Sketch of the medical history of the native army of Bombay, for the year
Year: 1872
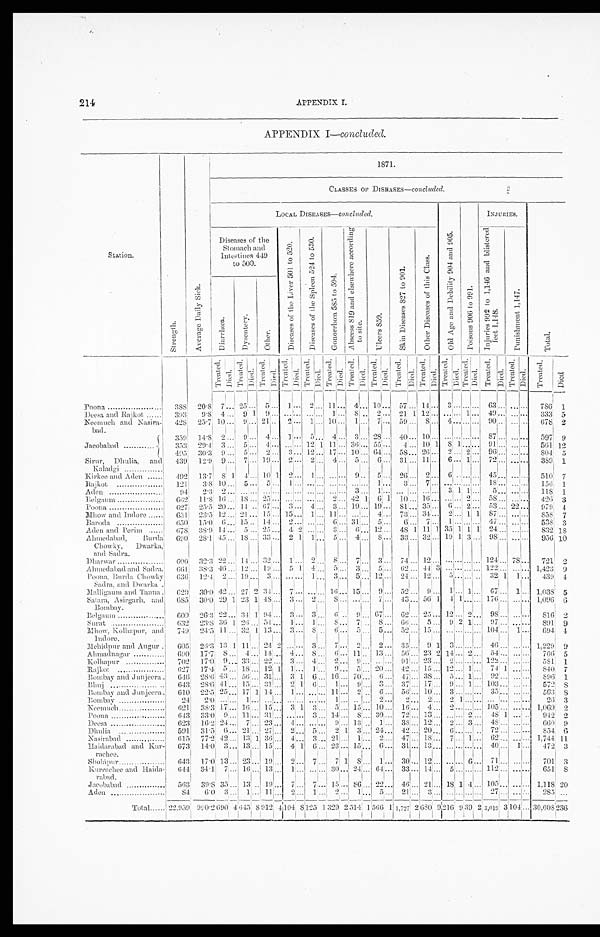
214
APPENDIX I.
APPENDIX I—concluded.
S t a t i o n .
S t r e n g t h .
A v e r a g e D a i l y S i c k .
1 8 7 1 .
C L A S S E S O F D I S E A S E S — c o n c l u d e d .
LOCAL DISEASES— concluded.
O l d A g e a n d D e b i l i t y 9 0 4 a n d 9 0 5 .
P o i s o n s 9 0 6 t o 9 9 1 .
INJURIES.
T o t a l .
Diseases of the
Stomach and
Intestines 449
to 500.
D i s e a s e s o f t h e L i v e r 5 0 1 t o 5 2 0 .
D i s e a s e s o f t h e S p l e e n 5 2 4 t o 5 3 0 .
G o n o r r h œ a 8 5 8 t o 5 9 4 . A b s c e s s 8 1 9 a n d e l s e w h e r e a c c o r d i n g t o s i t e .
U l c e r s 8 5 9 .
S k i n D i s e a s e s 8 2 7 t o 9 0 1 .
O t h e r D i s e a s e s o f t h e C l a s s .
I n j u r i e s 9 9 2 t o 1 , 1 4 6 a n d b l i s t e r e d f e e t 1 , 1 4 8 .
P u n i s h m e n t 1 , 1 4 7 .
D i a r r h œ a .
D y s e n t e r y .
O t h e r .
T r e a t e d . Di ed. T r e a t e d . D i e d
. Tr eat ed. Di ed. T r e a t e d . D i e d . T r e a t e d . D i e d .
T r e a t e d . D i e d .
Tr eat ed.
D i e d .
T r e a t e d .
D i e d .
Tr eat ed.
D i e d .
T r e a t e d .
D i e d .
T r e a t e d .
D i e d . T r e a t e d . D i e d .
T r e a t e d .
D i e d .
Tr e a t e d .
D i e d .
T r e a t e d .
D i e d .
Poona
3 8 8 20.8
7 ... 25
. . . 5 ... 1 . . . 2 . . .
1 1 . . .
4
. . . 1 0 . . .
5 7 . . . 1 4 . . . 3 . . . . . .
. . .
63 . . . ... . . . 786
1
Deesa and Rajkot 393
9.8 4 ... 9 1 9 ... . . . . . . . . . . . . 1 . . . 8 . . 2 ... 21 1 12 . . . . . . . . . 1 . . .
4 9 . . . ... . . .
3 3 3 5
Neemuch and Nasira-
bad.
428 25.7 1 0
... 9 . . . 2 1
..
2
. . . 1 . . . 10 ...
1 . . . 7 . . . 59 ... 8 . . . 4 . . . . . . . . . 90 . . . ... . . . 678 2
Jacobabad
359 14.8 2 ... 9 ... 4 ... 1 . . . 5 . . . 4 ... 3 ... 28 ... 40 . . . 10 . . . . . . . . . . . . . . . . 87 . . . ... . . . 597 9
353 29.4 3 ...
5 . . . 4 ... . . . . . . 12 1 1 1
. . . 36 ... 55 . . . 4 . . . 10 1 8 1 . . . . . .
9 1 . . . ... . . .
5 6 1 12
495 30.3 9 ... 5 . . . 2 ... 3 . . . 1 2 . . . 1 7
. . . 10 . . . 6 4 . . .
5 8 . . . 2 6 . . . 2 . . . 2 ...
9 6 . . . ... . . . 804 5
Sirur, Dhulia, and
Kaladgi
439 12.9 9 ... 7 . . . 1 9
... 2
. . . 2 . . . 4
. . .
5
. . . 6 . . . 31 . . . 11 . . . 6 . . . 1 . . .
7 2 . . . ... . . .
3 8 9 1
Kirkee and Aden
492 13.7 8 1 4 . . . 1 0
1
2 . . . 1 . . . . . . . . .
9 . . . 5 . . . 26 ... 2 . . . 6 . . . . . . . . .
4 5 . . . ... . . . 510 7
Rajkot
121
3.8 1 0
... 5 . . . 5 ... 1 . . . . . . . . . . . . . . .
... . . . 1 . . . 3 ... 7 . . . . . . . . . . . . . . . .
1 8 . . . ... . . . 156
1
Aden
94 2.3 2 ... . . . . . . . . .
... . . . . . . . . . . . . . . . . . .
3
. . . 1 . . . ... . . . . . . . . . 3 1 1 . . .
5 . . . ... . . . 118 1
Belgaum
662 11.8 16 ... 18 . . . 2 5
... . . . . . . . . . . . . 2 . . . 42 1 6 1 10 . . . 1 6 . . . . . . . . . 2 ...
5 8 . . . ... . . .
4 2 6 3
Poona
6 2 7 25.5 2 0
... 1 4 . . . 6 7
... 3 . . . 4 . . . 3 ... 19 ... 19 . . .
8 1 . . . 3 5 . . . 6 . . . 2 . . .
5 3 . . . 22 . . .
9 7 9 4
Mhow and Indore
6 5 1 23.5 1 2 ... 21 . . . 15 ... 1 5 . . . 1 . . . 1 1 . . .
... . . . 4 . . . 73 . . . 3 4 . . . 2 . . . 1 1 8 7 . . . ... . . .
8 5 8 7
Baroda
6 5 0 15.0 6 ... 15 .. 14 ... 2 . . . . . . . . . 6 . . . 31 . . . 5 . . . 6 . . . 7 . . . 1 . . . . . . . . . 4 7
. . . ... . . . 538 3
Aden and Perim
678 38.9 14 ... 5 . . . 25 ... 4 2 . . . . . . 3 . . . 6 . . . 1 2 . . .
4 8 1 1 1 1 3 5 1 1 1 2 4 . . . ... . . .
8 3 2 1 8
Ahmedabad, Burda Chowky, Dwarka, and Sadra. 690 28.1 45 ... 1 8 . . . 3 3
... 2 1 1 . . . 5 . . . 4 . . . 8 . . .
3 3 . . . 32 . . . 19 1 3 . . .
9 8 . . . ... . . . 956 10
Dharwar
600 32.3 22
... 1 4 . . . 3 2
... 1 . . . 2 . . .
8 . . .
7 . . .
3 . . .
74 . . .
1 2 . . .
. . . . . . . . .
. . .
124 . . . 78
. . .
721 2
Ahmedabad and Sadra. 661 38.3 46 ...
1 2 . . . 1 9
... 5 1 4 . . . 5 . . . 3 . . . 5 . . . 62 . . . 4 4 3 . . .
. . . . . . . . .
1 2 2 . . . . . . . . . 1,423
9
Poona, Burda Chowky Sadra, and Dwarka. 636 12.4
2 ... 1 9 . . . 3 ... . . . . . . 1 . . . 3 . . . 5 . . . 1 2 . . . 24 . . . 1 2 . . . 5
. . . . . . .. 32 1 1 . . . 439 4
Malligaum and Tanna. 620 30.0 4 2 ... 2 7
2
3 4
... 7 . . . . . . . . . 1 6 . . . 1 5 . . . 9 ... 52 ..
9 . . . 1
. . . 1 . . .
6 7 . . . 1 . . . 1,038 5
Satara, Asirgarh, and
Bombay.
685 30.0 29 1 23 1 4 8
... 3 . . . 2 . . . 8 . . . . . . . . . 7 . . . 43 . . . 5 6 1
4
1 . . . . . . 176 . . . ... . . . 1,096
6
Belgaum
609 26.3 2 2
... 3 4 1 9 4
... 3 . . . 3 . . . 6 . . . 9 . . . 67 ... 62 . . . 2 5 . . . 1 2
. . . 2 . . . 98 . . . ... ... 816
2
Surat
632 23.8 36 1 26 ... 54 ... 1 . . . 1 . . . 8 . . . 7 . . . . 8 . . . 66 . . . 5 . . . 9 2 1 . . .
9 7 . . . . . . . . . 891 9
Mhow, Kolhapur, and Indore. 749 24.5 1 1
... 3 2 1 1 3
... 3 . . . 8 . . . 6 . . .
5 . . . 5 . . . 52 . . . 1 5 . . . . . . . . . . . . . . .
1 0 4 . . . 1 . . . 694
4
Mehidpur and Augur
605 26.3 13 1 1 1
. . . 24 2 . . . . . . 3 . . . 7
. . . 2 . . . 2 . . . 35 . . . 9 1 3
. . . . . . . . .
4 6 . . . ... . . . 1,229 9
Ahmednagar
6 9 0 17.7 8 ... 4
. . . 1 4
... 4 . . . 8 . . . 6
. . . 1 1 . . . 1 3 . . . 56 . . . 2 3 2 1 4
. . . 2 . . .
5 4 . . . ... . . . 766 5
Kolhapur
702 17.0 9 ... 33 . . . 2 2
... 3 . . . 4 . . . 2
. . . 9 . . . . . . . . . 91 . . . 23 . . . 2
. . . . . . . . .
1 2 2 . . . . . . . . .
5 8 1
1
Rajkot
627 17.4 5 ... 1 8 . . . 1 2 1 1 . . . 1 . . . 9
. . . 5 . . . 2 0 . . . 42 . . . 1 5 . . . 1 2
. . . 1 . . .
7 4 1 ...
. . .
8 4 0
7
Bombay and Junjeera. 646 28.6 4 3
... 5 6 . . . 3 1
... 3 1 6 . . . 1 6 . . . 7 0 . . . 6 . . . 47 . . . 3 8 . . . 5
. . . 1 . . .
9 2 . . .
...
. . . 896
1
Bhuj
643 28.6 41 ... 1 5 . . . 3 1 ... 2 1 6 . . . 1
. . . 9 . . . 3 . . . 37 . . . 1 7 . . . 9 . . . 1 . . .
1 0 3 . . .
...
. . . 572
8
Bombay and Junjeera.
6 1 0
2 2 . 5 2 5
... 1 7 1 14 ... 1 . . . . . . . . . 1 1 . . . 2 . . . 6 . . . 56 . . . 1 0 . . . 3 . . . . . . . . .
3 5 . . .
...
. . . 563
8
Bombay
2 4 2.0 . . .
... 1 . . . . . .
... . . . . . . . . . . . . 1 . . . . . . . . . 2 . . . 2 . . . 2 . . . 2 1 . . . . . .
. . . . . . . . . . . .
2 6
3
Neemuch
621 38.3
1 7
... 1 6 . . . 1 5
... 3 1 3 . . . 5 . . . 1 5 . . . 1 0 . . . 16 . . . 4 . . . 2 . . . . . . . . .
1 0 5 . . . ... . . .
1 , 0 6 9
2
Poona
643 33.0 9 ... 1 1 . . . 3 1
... . . . . . . 3
. . . 1 4 . . . 8 . . . 3 0 . . .
7 2 . . . 1 3 . . . . . . . . . 2 . . .
4 8 1 ...
. . .
9 4 2
2
Deesa
623 16.2 2 4
... 7 . . . 2 3
... 4 . . . . . . . . . 9 . . . 1 3 . . . 1 . . .
38 . . . 1 2 . . . 2 . . . 3 . . .
4 8 . . .
...
. . .
6 6 0
9
Dhulia
591 31.5 6 ... 2 1 . . . 2 7
... 2 . . . 5
. . . 2 1 3 . . . 2 4 . . . 42 . . . 2 0 . . . 6 . . . . . . . . . 7 2 . . .
...
. . .
8 5 4
6
Nasirabad
615 77.2 4 2 . . . 1 3 1
3 6
... 4 . . . 3
. . . 2 1 . . . 1 . . . 2 . . . 47 . . . 1 8 . . . 7 . . . 1 . . . 6 2
. . .
...
. . .
1 , 7 4 4 1 1
Haidarabad and Kur-
r a c h e e .
673 14.0 3 ... 1 3 . . . 1 5
... 4 1 6 . . . 2 3 . . . 1 5 . . . 6 . . . 31 . . . 1 3 . . . . . . . . . . . . . . . 4 0
. . .
1
. . .
4 7 2
3
Sholapur
643 17.0 1 3
... 2 3 . . . 1 9
... 2 . . . 7
. . . 7 1 8 . . . 1 . . . 30 . . . 1 2 . . . . . . . . . 6 . . . 7 1
. . .
...
. . .
7 0 1
3
Kurrachee and Haida-
rabad.
64 4 34.1 7
... 1 6 . . . 1 3
... 1 . . . . . . . . . 3 0 . . . 2 4 . . . 6 4 . . . 33 . . . 1 4 . . . 1 5 . . . . . . . . .
1 1 2 . . . . . . . . .
6 5 1
8
Jacobabad
563 39.8 35 . . . 13 .. 1 9
... 7 . . . 7
. . . 1 5 . . . 8 6 . . . 2 2 2 . . . 46 . . . 2 1 . . . 1 8 1 4 . . .
1 0 5 . . . ... . . .
1 , 1 1 8 2 0
Aden
84 6.0 3 ... 1 . . . 1 1 . . .
2 . . . 1 . . . 2
. . . 1 . . . 5
. . . 21 . . . 3 . . .
. . . . . . . . . . . .
2 7 . . . . . . . . .
2 8 5 . . .
Total
22,959 990.2690
4
6 4 5 8
912
4
1 0 4 8
1 2 5 1 3 2 9
2 514
1
5 6 6 1 1,727 2
6 8 0
9 2 1 6
9 3 9 2
3 , 0 1 9 3
104 . . .
3 0 , 6 0 8
236